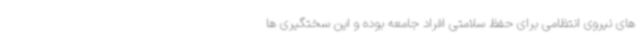
های نیروی انتظامی برای حفظ سلامتی افراد جامعه بوده و این سختگیری ها